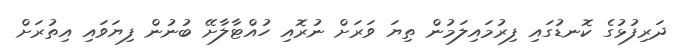
ދަރިފުޅުގެ ކޮނޑުގައި ފިރުމައިލަމުން ތިޔަ ވަރަށް ނުރޮއި ހުއްޓާލާށޭ ބުނުން ފިޔަވައި އިތުރަށް